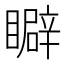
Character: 䁹